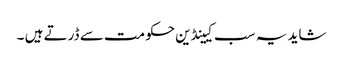
شاید یہ سب کیینڈین حکومت سے ڈرتے ہیں ۔